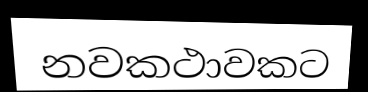
නවකථාවකට